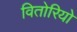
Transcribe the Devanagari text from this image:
वितोरियो